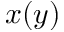
x ( y )